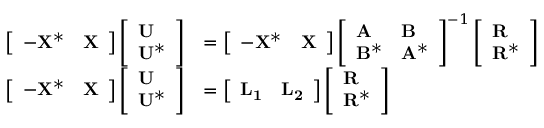
\begin{array} { r l } { \left[ \begin{array} { l l } { - \mathbf { X } ^ { * } } & { \mathbf { X } } \end{array} \right] \left[ \begin{array} { l } { \mathbf { U } } \\ { \mathbf { U } ^ { * } } \end{array} \right] } & { = \left[ \begin{array} { l l } { - \mathbf { X } ^ { * } } & { \mathbf { X } } \end{array} \right] \left[ \begin{array} { l l } { \mathbf { A } } & { \mathbf { B } } \\ { \mathbf { B } ^ { * } } & { \mathbf { A } ^ { * } } \end{array} \right] ^ { - 1 } \left[ \begin{array} { l } { \mathbf { R } } \\ { \mathbf { R } ^ { * } } \end{array} \right] } \\ { \left[ \begin{array} { l l } { - \mathbf { X } ^ { * } } & { \mathbf { X } } \end{array} \right] \left[ \begin{array} { l } { \mathbf { U } } \\ { \mathbf { U } ^ { * } } \end{array} \right] } & { = \left[ \begin{array} { l l } { \mathbf { L _ { 1 } } } & { \mathbf { L _ { 2 } } } \end{array} \right] \left[ \begin{array} { l } { \mathbf { R } } \\ { \mathbf { R } ^ { * } } \end{array} \right] } \end{array}